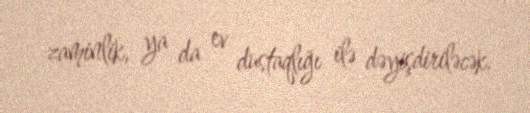
zaminlik, ya da ev dustaqlığı ilə dəyişdiriləcək.